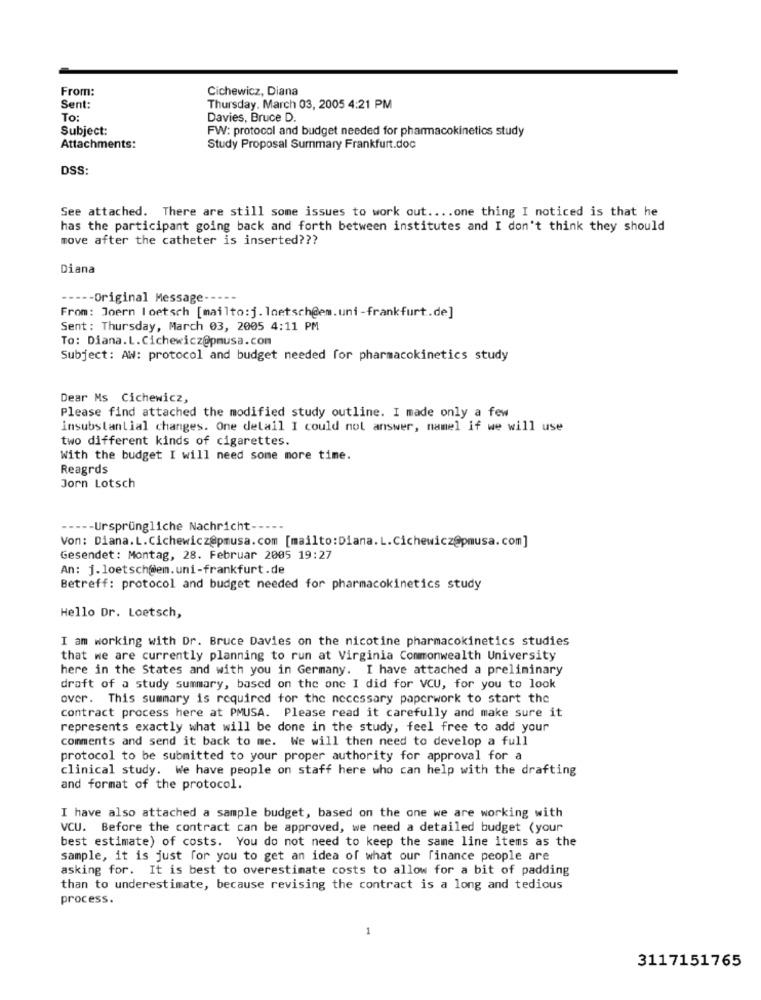
From:
Cichewicz, Diana
Sent:
Thursday, March 03, 2005 4:21 PM
To:
Davies, Bruce D.
Subject:
FW: protocol and budget needed for pharmacokinetics study
Attachments:
Study Proposal Summary Frankfurt.doc
DSS:
See attached. There are still some issues to work out .... one thing I noticed is that he
has the participant going back and forth between institutes and I don't think they should
move after the catheter is inserted ???
Diana
---- Original Message -----
From: Joern loetsch [mailto:j. loetsch@em.uni-frankfurt.de]
Sent: Thursday, March 03, 2005 4:11 PM
To: Diana.L.Cichewicz@pmusa.com
Subject: AW: protocol and budget needed for pharmacokinetics study
Dear Ms Cichewicz,
Please find attached the modified study outline. I made only a few
insubstantial changes. One delall I could not answer, namel if we will use
two different kinds of cigarettes.
With the budget I will need some more time.
Reagrds
Jorn Lotsch
---- Ursprüngliche Nachricht-
Von: Diana.L.Cichewicz@pmusa.com [mailto:Diana. L.Cichewicz@pmusa. com]
Gesendet: Montag, 28. Februar 2005 19:27
An: j.loetsch@em.uni-frankfurt.de
Betreff: protocol and budget needed for pharmacokinetics study
Hello Dr. Loetsch,
I am working with Dr. Bruce Davies on the nicotine pharmacokinetics studies
that we are currently planning to run at Virginia Commonwealth University
here in the States and with you in Germany. I have attached a preliminary
draft of a study summary, based on the one I did for VCU, for you to look
over. This summary is required for the necessary paperwork to start the
contract process here at PMUSA. Please read it carefully and make sure it
represents exactly what will be done in the study, feel free to add your
comments and send it back to me. We will then need to develop a full
protocol to be submitted to your proper authority for approval for a
clinical study. We have people on staff here who can help with the drafting
and format of the protocol.
I have also attached a sample budget, based on the one we are working with
VCU. Before the contract can be approved, we need a detailed budget (your
best estimate) of costs. You do not need to keep the same line items as the
sample, it is just for you to get an idea of what our finance people are
asking for. It is best to overestimate costs to allow for a bit of padding
than to underestimate, because revising the contract is a long and tedious
process.
1
3117151765